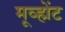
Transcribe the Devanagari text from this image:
मूव्ह्मेंट